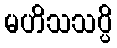
မဟိသသပ္ပိ